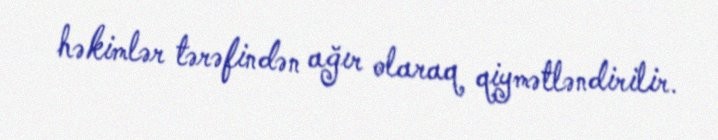
həkimlər tərəfindən ağır olaraq qiymətləndirilir.